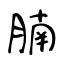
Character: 腩